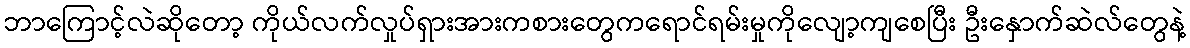
ဘာကြောင့်လဲဆိုတော့ ကိုယ်လက်လှုပ်ရှားအားကစားတွေကရောင်ရမ်းမှုကိုလျော့ကျစေပြီး ဦးနှောက်ဆဲလ်တွေနဲ့